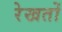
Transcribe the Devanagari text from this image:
रेखतों